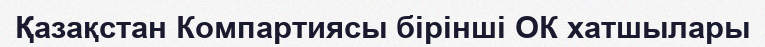
Қазақстан Компартиясы бірінші ОК хатшылары